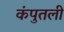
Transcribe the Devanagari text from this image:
कंपुतली